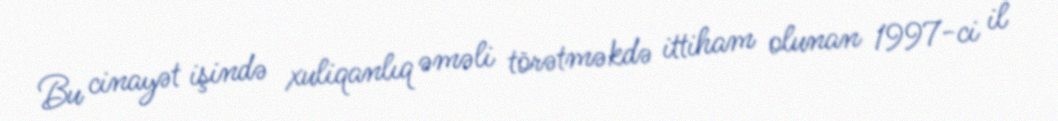
Bu cinayət işində xuliqanlıq əməli törətməkdə ittiham olunan 1997-ci il